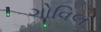
ગોવિલ